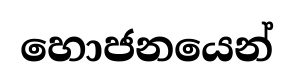
හොජනයෙන්